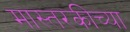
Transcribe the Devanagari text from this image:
मास्तरकीच्या